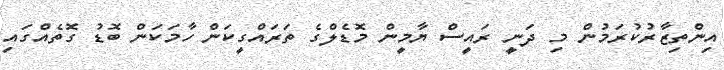
އިންތިޒާރުކުރަމުން މި ދަނީ ރައީސް ޔާމީން މޮޑެލްގެ ތަރައްގީކަން ހާމަކަން ބޮޑު ގޮތެއްގައި